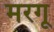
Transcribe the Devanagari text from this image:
मरगू